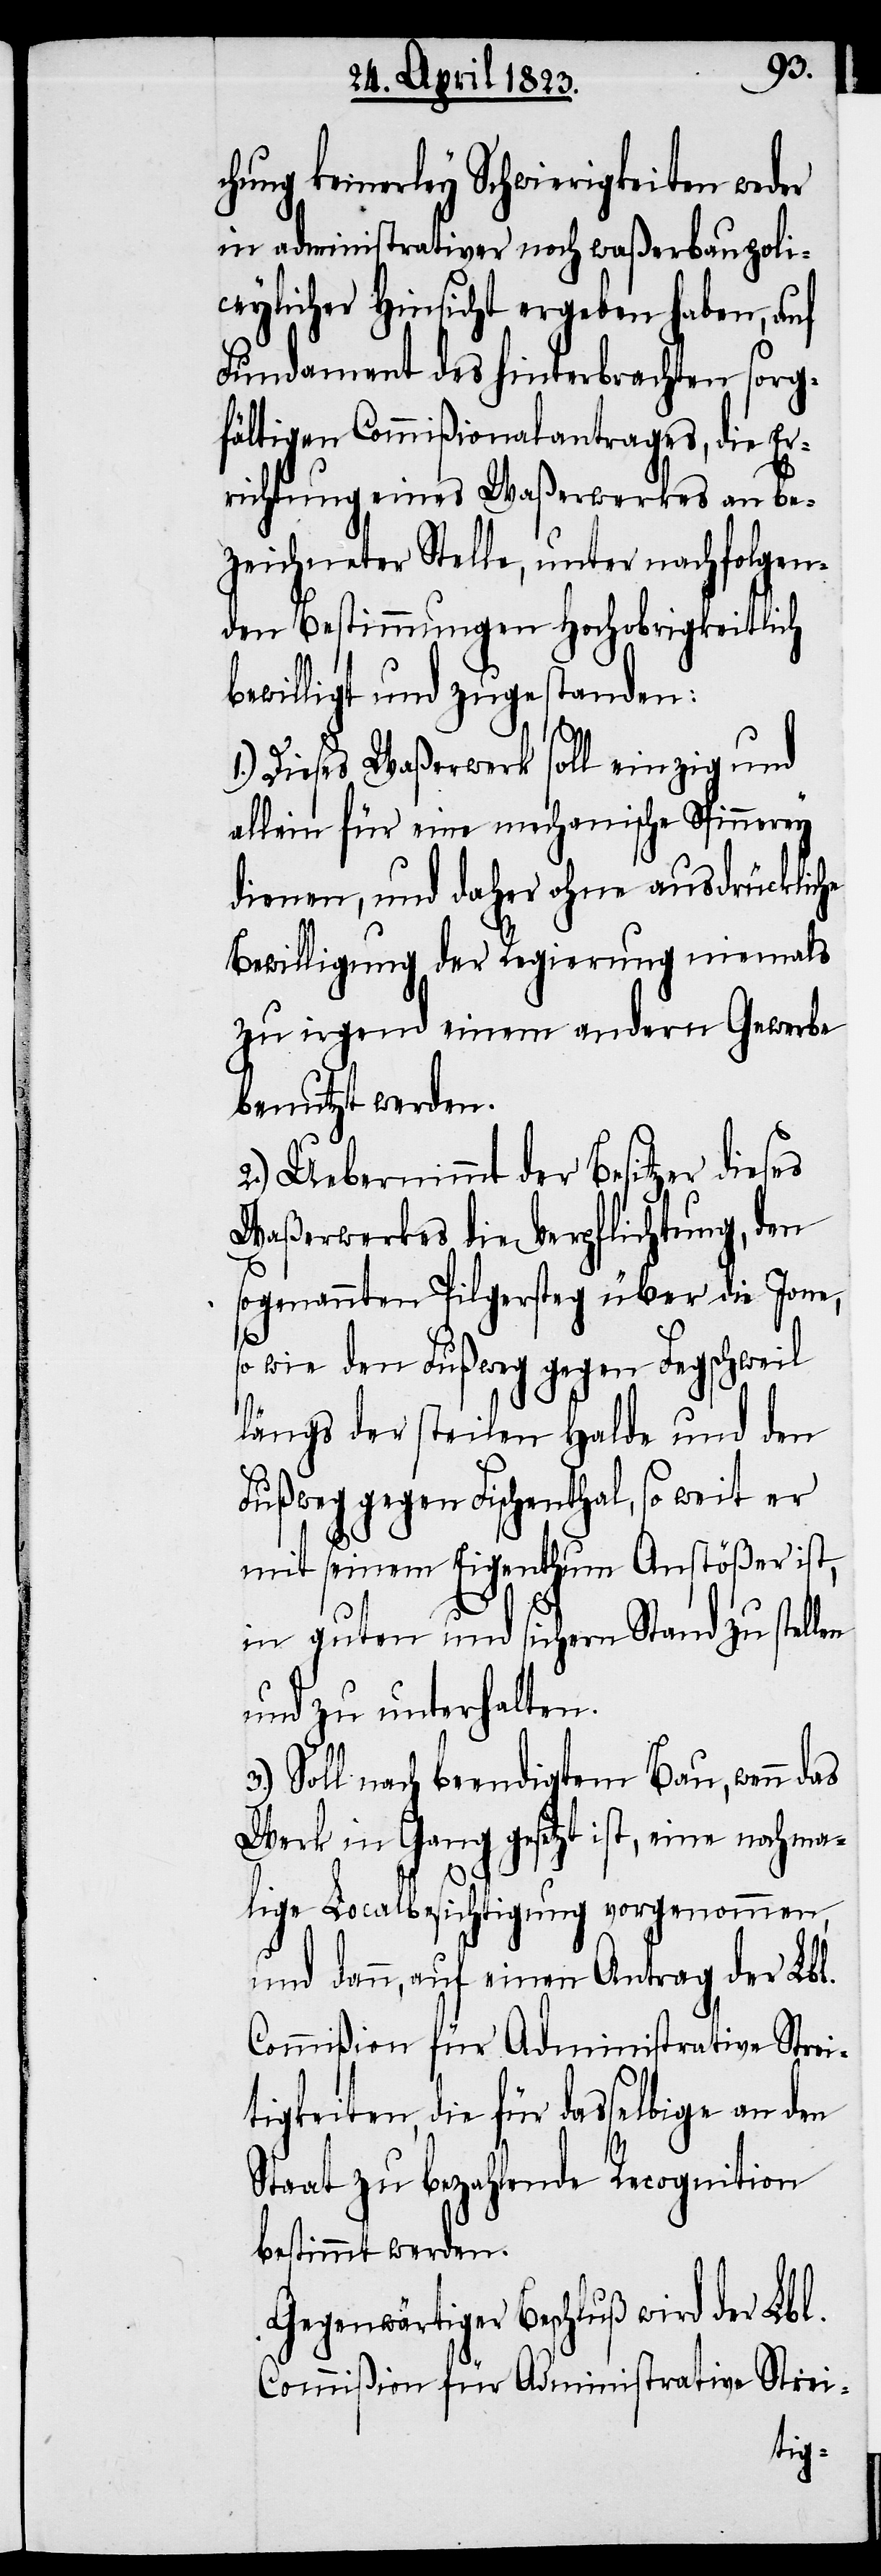
chung keinerley Schwierigkeiten weder
in administrativer noch waßerbaupoli¬
ceylicher Hinsicht ergeben haben, auf
Fundament des hinterbrachten sorg¬
fältigen Commißionalantrages, die Er¬
richtung eines Waßerwerkes an be¬
zeichneter Stelle, unter nachfolgen¬
den Bestimmungen Hochobrigkeitlich
bewilligt und zugestanden:
1.) Dieses Waßerwerk soll einzig und
allein für eine mechanische Spinnerey
dienen, und daher ohne ausdrückliche
Bewilligung der Regierung niemals
zu irgend einem andern Gewerbe
benutzt werden.
2.) Uebernimmt der Besitzer dieses
Waßerwerkes die Verpflichtung, den
sogenannten Pilgersteg über die Jone,
so wie den Fußweg gegen Fegschweil
längs der steilen Halde und den
Fußweg gegen Fischenthal, so weit er
mit seinem Eigenthum Anstößer ist,
in guten und sichern Stand zu stell¬
und zu unterhalten.
Soll nach beendigtem Bau, wenn das
Werk in Gang gesetzt ist, eine nochma¬
en
lige Localbesichtigung vorgenommen,
und dann, auf einen Antrag der Lbl.
Commißion für Administrative Stei¬
tigkeiten, die für dasselbige an den
Staat zu bezahlende Recognition
bestimmt werden.
Gegenwärtiger Beschluß wird der Lbl.
Commißion für Administrative Strei-